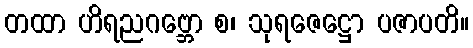
တထာ ဟိရညဂဗ္ဘော စ၊ သုရဇေဋ္ဌော ပဇာပတိ။